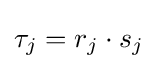
\tau _{j}=r_{j}\cdot s_{j}